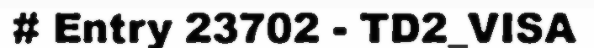
# Entry 23702 - TD2_VISA